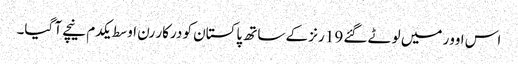
اس اوور میں لوٹے گئے 19 رنز کے ساتھ پاکستان کو درکار رن اوسط یکدم نیچے آ گیا۔